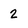
Character: 2